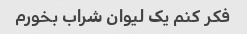
فکر کنم یک لیوان شراب بخورم